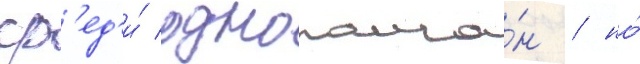
ср'ед'и́ однополча́н / но́